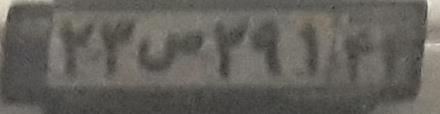
۲۳ص۲۹۱۴۴